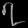
Digit: ၇